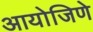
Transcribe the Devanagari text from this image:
आयोजिणे